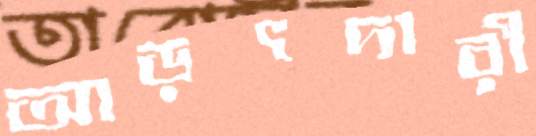
আড়ৎদারী